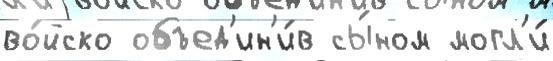
во́йско объед'ин'и́в сы́ном могл'и́